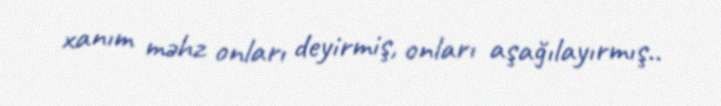
xanım məhz onları deyirmiş, onları aşağılayırmış..